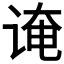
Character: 𫍫